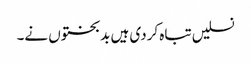
نسلیں تباہ کردی ہیں بدبختوں نے۔